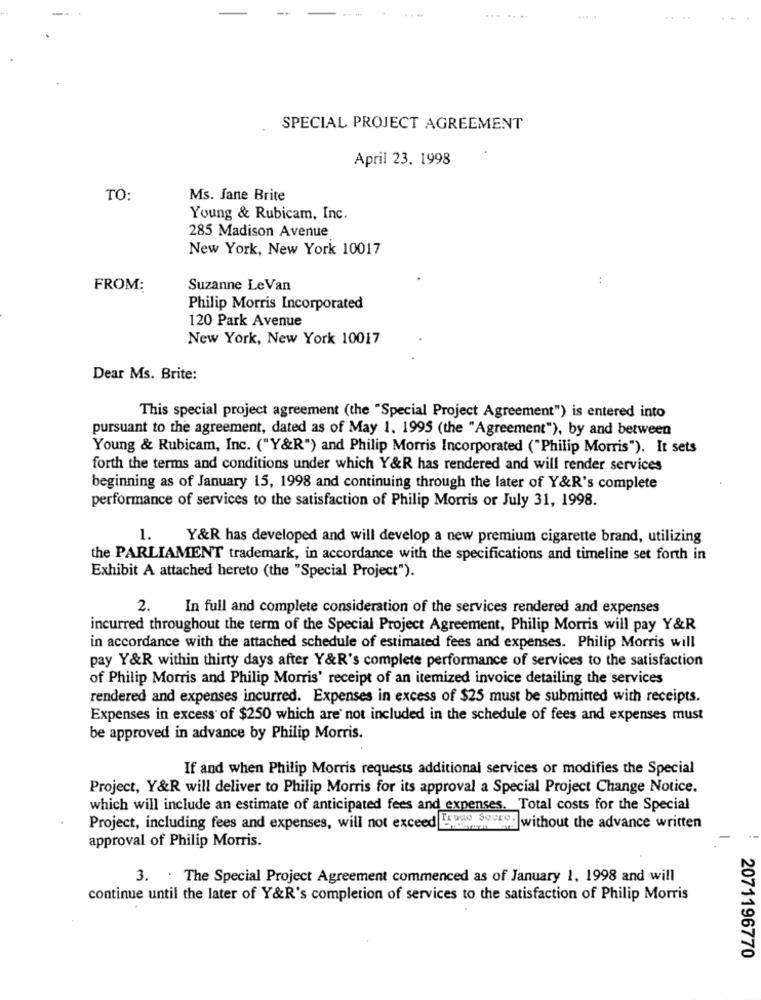
--
SPECIAL PROJECT AGREEMENT
April 23. 1998
TO:
Ms. Jane Brite
Young & Rubicam, Inc.
285 Madison Avenue
New York, New York 10017
FROM:
Suzanne LeVan
Philip Morris Incorporated
120 Park Avenue
New York, New York 10017
Dear Ms. Brite:
This special project agreement (the "Special Project Agreement") is entered into
pursuant to the agreement, dated as of May 1. 1995 (the "Agreement"), by and between
Young & Rubicam, Inc. ("Y&R") and Philip Morris Incorporated ("Philip Morris"). It sets
forth the terms and conditions under which Y&R has rendered and will render services
beginning as of January 15, 1998 and continuing through the later of Y&R's complete
performance of services to the satisfaction of Philip Morris or July 31, 1998.
1. Y&R has developed and will develop a new premium cigarette brand, utilizing
the PARLIAMENT trademark, in accordance with the specifications and timeline set forth in
Exhibit A attached hereto (the "Special Project").
2.
In full and complete consideration of the services rendered and expenses
incurred throughout the term of the Special Project Agreement, Philip Morris will pay Y&R
in accordance with the attached schedule of estimated fees and expenses. Philip Morris will
pay Y&R within thirty days after Y&R's complete performance of services to the satisfaction
of Philip Morris and Philip Morris' receipt of an itemized invoice detailing the services
rendered and expenses incurred. Expenses in excess of $25 must be submitted with receipts.
Expenses in excess of $250 which are not included in the schedule of fees and expenses must
be approved in advance by Philip Morris.
If and when Philip Morris requests additional services or modifies the Special
Project, Y&R will deliver to Philip Morris for its approval a Special Project Change Notice.
which will include an estimate of anticipated fees and expenses. Total costs for the Special
Project, including fees and expenses, will not exceed Truco Soure.
]without the advance written
approval of Philip Morris.
3. : The Special Project Agreement commenced as of January 1, 1998 and will
continue until the later of Y&R's completion of services to the satisfaction of Philip Morris
2071196770